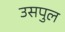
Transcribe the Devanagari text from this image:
उसपुल